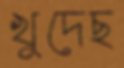
খুদেছ